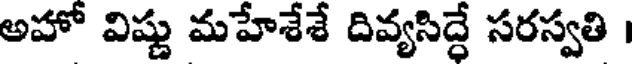
అహో విష్ణు మహేశేశే దివ్యసిద్ధే సరస్వతి ।